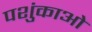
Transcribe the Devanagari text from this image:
पशुंकाओं